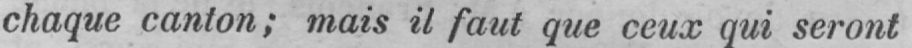
chaque canton; mais il faut que ceux qui seront